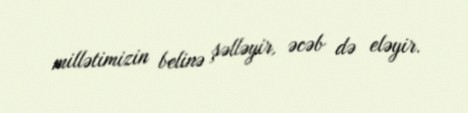
millətimizin belinə şəlləyir, əcəb də eləyir.